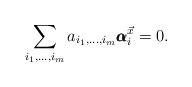
LaTeX: \begin{align*}\sum_{i_1,\ldots,i_m}a_{i_1,\ldots,i_m}\pmb{\alpha}_i^{\vec{x}}=0.\end{align*}